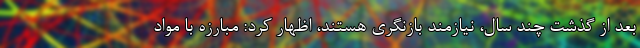
بعد از گذشت چند سال، نیازمند بازنگری هستند، اظهار کرد: مبارزه با مواد